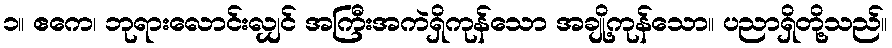
၁။ ဧကေ၊ ဘုရားလောင်းလျှင် အကြီးအကဲရှိကုန်သော အချို့ကုန်သော။ ပညာရှိတို့သည်။